Annual administration report of the Civil Veterinary Department of India - 1893-1894
Year: 1893
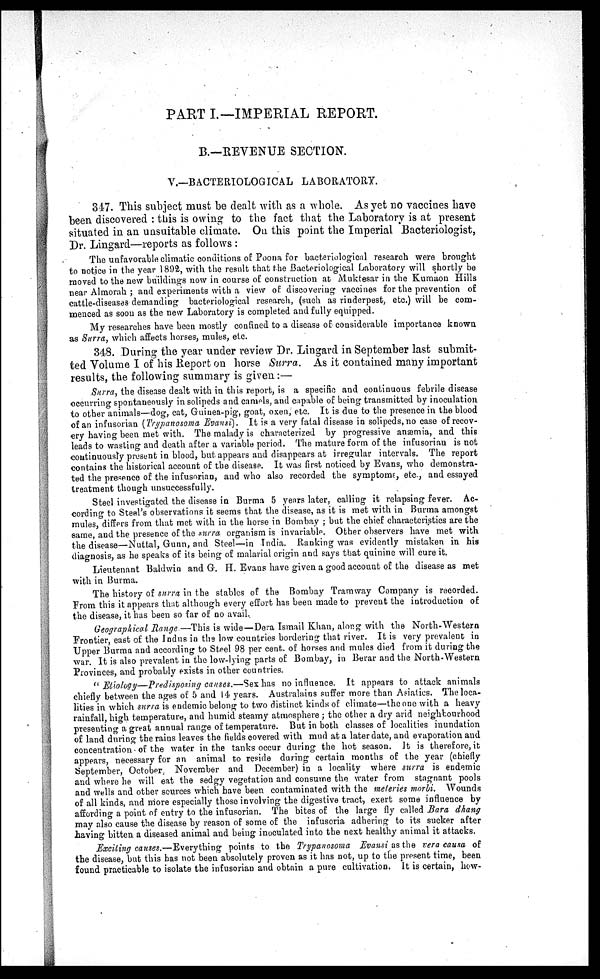
PART I.—IMPERIAL REPORT.
B.—REVENUE SECTION.
V.-BACTERIOLOGICAL LABORATORY.
347. This subject must be dealt with as a whole. As yet no vaccines have
been discovered: this is owing to the fact that the Laboratory is at present
situated in an unsuitable climate. On this point the Imperial Bacteriologist,
Dr. Lingard—reports as follows:
The unfavorable climatic conditions of Poona for bacteriological research were brought
to notice in the year 1892, with the result that the Bacteriological Laboratory will shortly be
moved to the new buildings now in course of construction at Muktesar in the Kumaon Hills
near Almorah; and experiments with a view of discovering vaccines for the prevention of
cattle-diseases demanding bacteriological research, (such as rinderpest, etc.) will be com-
menced as soon as the new Laboratory is completed and fully equipped.
My researches have been mostly confined to a disease of considerable importance known
as Surra, which affects horses, mules, etc.
348. During the year under review Dr. Lingard in September last submit-
ted Volume I of his Report on horse Surra. As it contained many important
results, the following summary is given:—
Surra, the disease dealt with in this report, is a specific and continuous febrile disease
occurring spontaneously in solipeds and camels, and capable of being transmitted by inoculation
to other animals—dog, cat, Guinea-pig, goat, oxen, etc. It is due to the presence in the blood
of an infusorian (Trypanosoma Evansi). It is a very fatal disease in solipeds, no case of recov-
ery having been met with. The malady is characterized by progressive anæmia, and this
leads to wasting and death after a variable period. The mature form of the infusorian is not
continuously present in blood, but appears and disappears at irregular intervals. The report
contains the historical account of the disease. It was first noticed by Evans, who demonstra-
ted the presence of the infusorian, and who also recorded the symptoms, etc., and essayed
treatment though unsuccessfully.
Steel investigated the disease in Burma 5 years later, calling it relapsing fever. Ac-
cording to Steel's observations it seems that the disease, as it is met with in Burma amongst
mules, differs from that met with in the horse in Bombay; but the chief characteristics are the
same, and the presence of the surra organism is invariable. Other observers have met with
the disease—Nuttal, Gunn, and Steel—in India. Ranking was evidently mistaken in his
diagnosis, as he speaks of its being of malarial origin and says that quinine will cure it.
Lieutenant Baldwin and G. H. Evans have given a good account of the disease as met
with in Burma.
The history of surra in the stables of the Bombay Tramway Company is recorded.
From this it appears that although every effort has been made to prevent the introduction of
the disease, it has been so far of no avail.
Geographical Range —This is wide—Dera Ismail Khan, along with the North-Western
Frontier, east of the Indus in the low countries bordering that river. It is very prevalent in
Upper Burma and according to Steel 98 per cent. of horses and mules died from it during the
war. It is also prevalent in the low-lying parts of Bombay, in Berar and the North-Western
Provinces, and probably exists in other countries.
"Etiology—Predisposing causes.—Sex has no influence. It appears to attack animals
chiefly between the ages of 5 and 14 years. Australains suffer more than Asiatics. The loca-
lities in which surra is endemic belong to two distinct kinds of climate—the one with a heavy
rainfall, high temperature, and humid steamy atmosphere; the other a dry arid neighbourhood
presenting a great annual range of temperature. But in both classes of localities inundation
of land during the rains leaves the fields covered with mud at a later date, and evaporation and
concentration of the water in the tanks occur during the hot season. It is therefore, it
appears, necessary for an animal to reside during certain months of the year (chiefly
September, October, November and December) in a locality where surra is endemic
and where he will eat the sedgy vegetation and consume the water from stagnant pools
and wells and other sources which have been contaminated with the meteries morbi. Wounds
of all kinds, and more especially those involving the digestive tract, exert some influence by
affording a point of entry to the infusorian. The bites of the large fly called Bara dhang
may also cause the disease by reason of some of the infusoria adhering to its sucker after
having bitten a diseased animal and being inoculated into the next healthy animal it attacks.
Exciting causes.—Everything points to the Trypanosoma Evansi as the vera causa of
the disease, but this has not been absolutely proven as it has not, up to the present time, been
found practicable to isolate the infusorian and obtain a pure cultivation. It is certain, how-